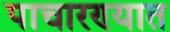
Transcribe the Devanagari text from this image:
पाचारण्यात